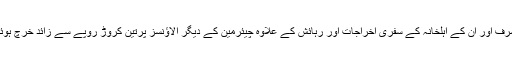
ذکاء اشرف اور ان کے اہلخانہ کے سفری اخراجات اور رہائش کے علاوہ چیئرمین کے دیگر الاؤنسز پرتین کروڑ روپے سے زائد خرچ ہوئے ہیں۔